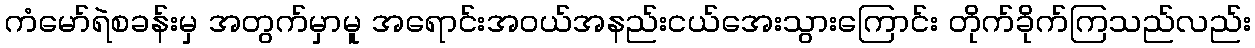
ကံမော်ရဲစခန်းမှ အတွက်မှာမူ အရောင်းအဝယ်အနည်းငယ်အေးသွားကြောင်း တိုက်ခိုက်ကြသည်လည်း